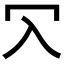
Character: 𠕳